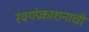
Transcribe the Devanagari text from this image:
स्वयंप्रकाशनाची